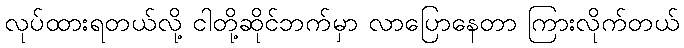
လုပ်ထားရတယ်လို့ ငါတို့ဆိုင်ဘက်မှာ လာပြောနေတာ ကြားလိုက်တယ်